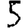
Digit: 5